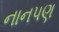
નાનપણ